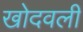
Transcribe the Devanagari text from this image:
खोदवली